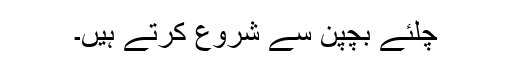
چلئے بچپن سے شروع کرتے ہیں۔